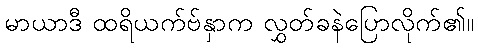
မာယာဒီ ထရိယက်ဗ်နှာက လွှတ်ခနဲပြောလိုက်၏။